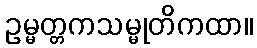
ဥမ္မတ္တကသမ္မုတိကထာ။